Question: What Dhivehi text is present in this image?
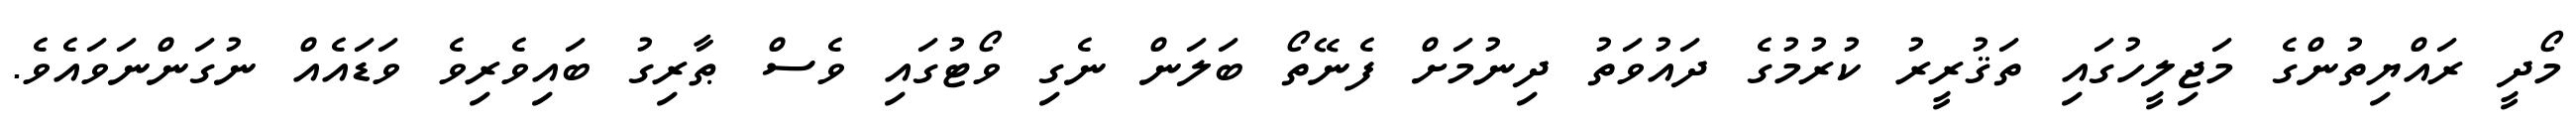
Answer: މޯދީ ރައްޔިތުންގެ މަޖިލީހުގައި ތަޤުރީރު ކުރުމުގެ ދައުވަތު ދިނުމަށް ފެނޭތޯ ބަލަން ނެގި ވޯޓުގައި ވެސް ޠާރިގު ބައިވެރިވެ ވަޑައެއް ނުގަންނަވައެވެ.